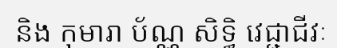
និង កុមារា ប័ណ្ណ សិទ្ធិ វេជ្ជាជីវៈ